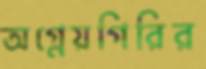
অগ্নেয়গিরির